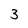
Character: 3